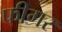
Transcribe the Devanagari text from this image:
फीगर